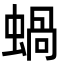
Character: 蝸